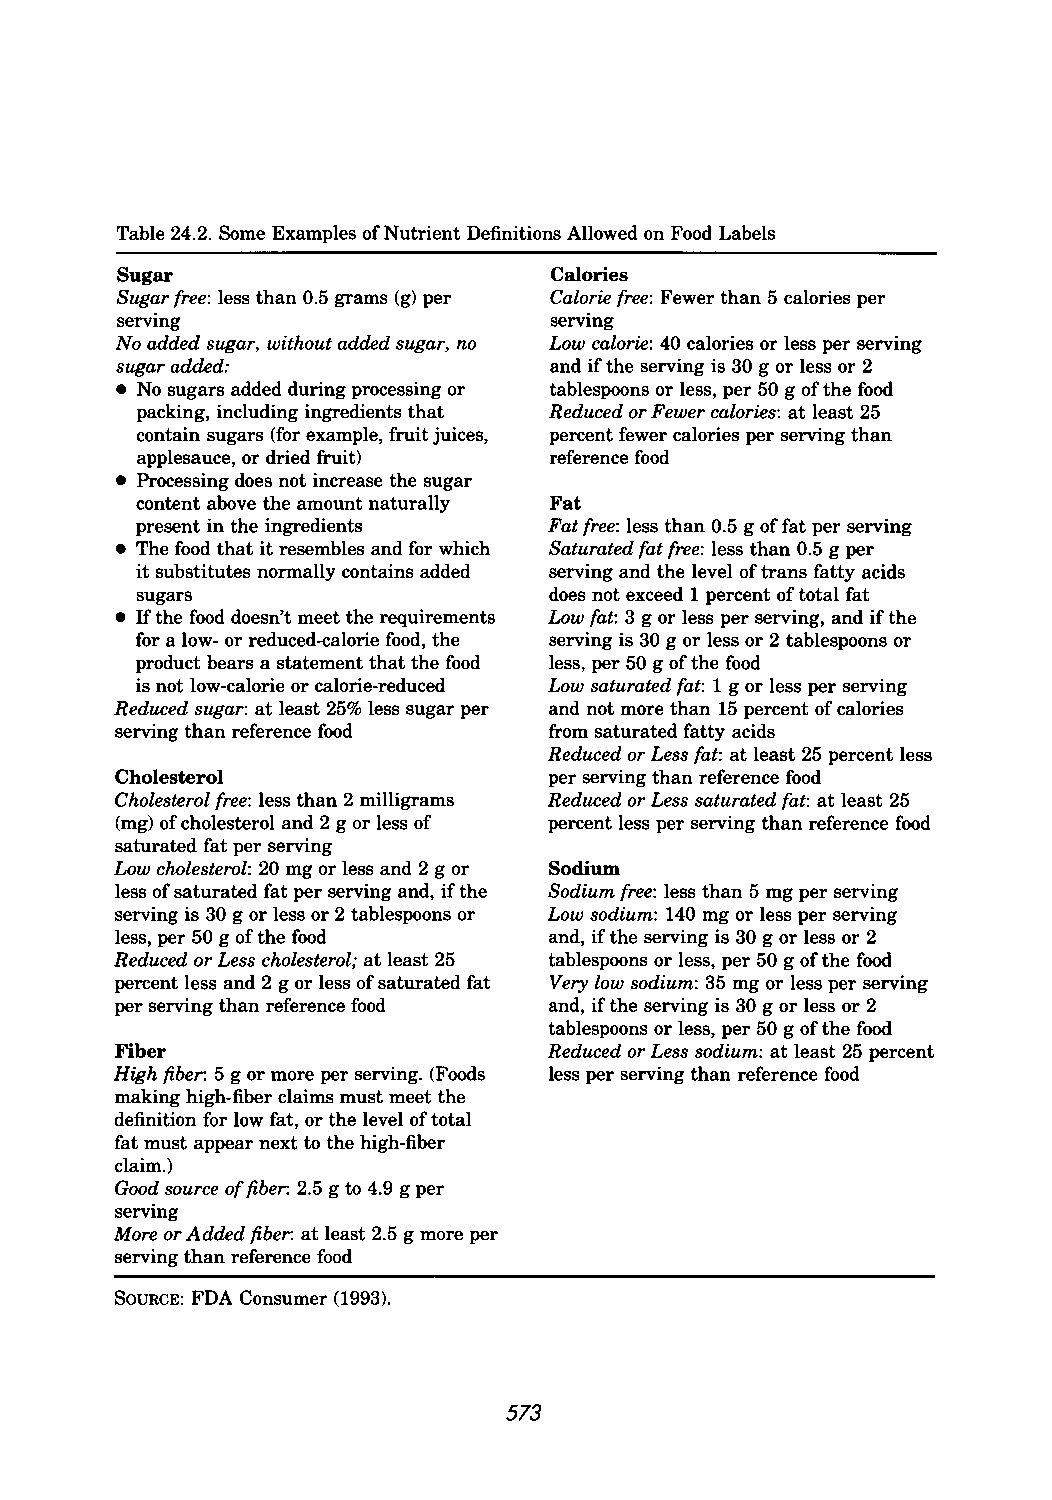
Table 24.2. Some Examples of Nutrient Definitions Allowed on Food Labels
 Sugar                       Calories
 Sugar free: less than 0.5 grams (g) per Calorie free: Fewer than 5 calories per
 serving                     serving
 No added sugar, without added sugar, no Low calorie: 40 calories or less per serving
 sugar added:                and if the serving is 30 g or less or 2
 • No sugars added during processing or tablespoons or less, per 50 g of the food
 packing, including ingredients that Reduced or Fewer calories: at least 25
 contain sugars (for example, fruit juices, percent fewer calories per serving than
 applesauce, or dried fruit) reference food
 • Processing does not increase the sugar
 content above the amount naturally Fat
 present in the ingredients Fat free: less than 0.5 g of fat per serving
 • The food that it resembles and for which Saturated fat free: less than 0.5 g per
 it substitutes normally contains added serving and the level of trans fatty acids
 sugars                     does not exceed 1 percent of total fat
 • If the food doesn't meet the requirements Low fat: 3 g or less per serving, and if the
 for a low- or reduced-calorie food, the serving is 30 g or less or 2 tablespoons or
 product bears a statement that the food less, per 50 g of the food
 is not low-calorie or calorie-reduced Low saturated fat: 1 g or less per serving
 Reduced sugar: at least 25% less sugar per and not more than 15 percent of calories
 serving than reference food from saturated fatty acids
 Reduced or Less fat: at least 25 percent less
 Cholesterol                 per serving than reference food
 Cholesterol free: less than 2 milligrams Reduced or Less saturated fat: at least 25
 (mg) of cholesterol and 2 g or less of percent less per serving than reference food
 saturated fat per serving
 Low cholesterol: 20 mg or less and 2 g or Sodium
 less of saturated fat per serving and, if the Sodium free: less than 5 mg per serving
 serving is 30 g or less or 2 tablespoons or Low sodium: 140 mg or less per serving
 less, per 50 g of the food  and, if the serving is 30 g or less or 2
 Reduced or Less cholesterol; at least 25 tablespoons or less, per 50 g of the food
 percent less and 2 g or less of saturated fat Very low sodium: 35 mg or less per serving
 per serving than reference food and, if the serving is 30 g or less or 2
 tablespoons or less, per 50 g of the food
 Fiber                       Reduced or Less sodium: at least 25 percent
 High fiber: 5 g or more per serving. (Foods less per serving than reference food
 making high-fiber claims must meet the
 definition for low fat, or the level of total
 fat must appear next to the high-fiber
 claim.)
 Good source of fiber: 2.5 g to 4.9 g per
 serving
 More or Added fiber: at least 2.5 g more per
 serving than reference food
 SOURCE: FDA Consumer (1993).
 573